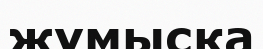
жұмыска